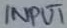
Text: INPUT